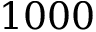
1 0 0 0